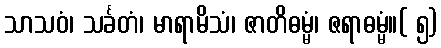
သာသဝံ၊ သင်္ခတံ၊ မာရာမိသံ၊ ဇာတိဓမ္မံ၊ ဇရာဓမ္မံ။( ၅)